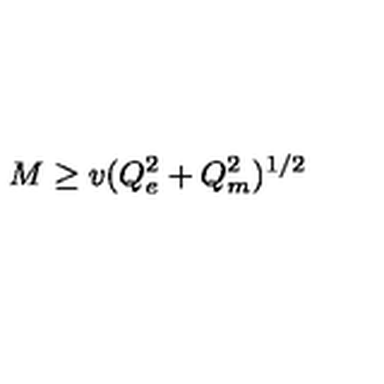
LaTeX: M \ge v ( Q _ { e } ^ { 2 } + Q _ { m } ^ { 2 } ) ^ { 1 / 2 }